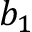
b _ { 1 }